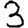
Digit: 3